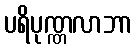
ပရိပုဏ္ဏလာဘာ